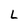
Character: L